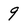
Character: 9